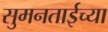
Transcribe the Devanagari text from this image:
सुमनताईच्या